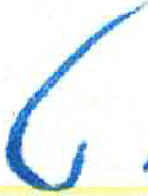
אות: ט